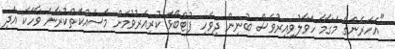
"އަހަރެންގެ މަގާމާ ހަވާލުވިއިރުވެސް ބުނިން ދިވެހި ފުޓްބޯޅަ ކުރިއެރުވުމަށް މަސައްކަތްކުރާނެ ވާހަކަ އަދި